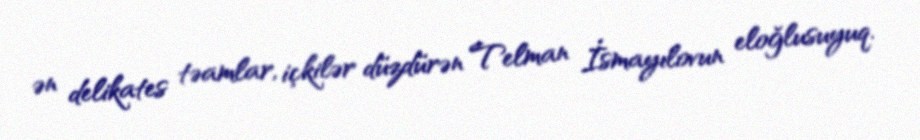
ən delikates təamlar, içkilər düzdürən Telman İsmayılovun eloğlusuyuq.